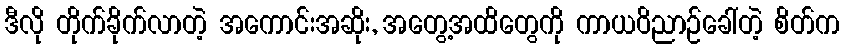
ဒီလို တိုက်ခိုက်လာတဲ့ အကောင်းအဆိုး, အတွေ့အထိတွေကို ကာယဝိညာဉ်ခေါ်တဲ့ စိတ်က